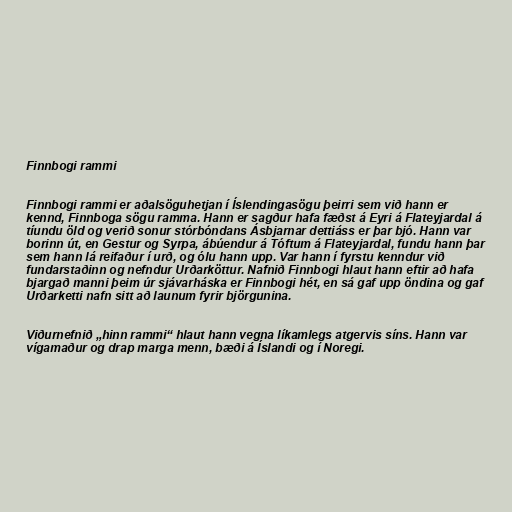
Finnbogi rammi

Finnbogi rammi er aðalsöguhetjan í Íslendingasögu þeirri sem við hann er
kennd, Finnboga sögu ramma. Hann er sagður hafa fæðst á Eyri á Flateyjardal á
tíundu öld og verið sonur stórbóndans Ásbjarnar dettiáss er þar bjó. Hann var
borinn út, en Gestur og Syrpa, ábúendur á Tóftum á Flateyjardal, fundu hann þar
sem hann lá reifaður í urð, og ólu hann upp. Var hann í fyrstu kenndur við
fundarstaðinn og nefndur Urðarköttur. Nafnið Finnbogi hlaut hann eftir að hafa
bjargað manni þeim úr sjávarháska er Finnbogi hét, en sá gaf upp öndina og gaf
Urðarketti nafn sitt að launum fyrir björgunina.

Viðurnefnið „hinn rammi“ hlaut hann vegna líkamlegs atgervis síns. Hann var
vígamaður og drap marga menn, bæði á Íslandi og í Noregi.